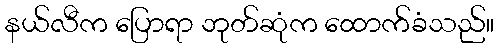
နယ်လီက ပြောရာ ဘုတ်ဆုံက ထောက်ခံသည်။